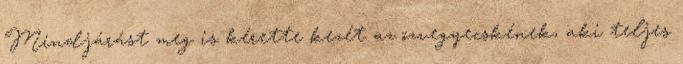
Mindjárást meg is kérette kezét az özvegyecskének, aki teljes